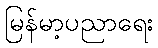
မြန်မာ့ပညာရေး